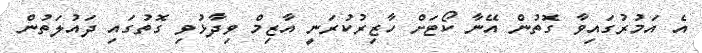
އެ އަމުރުގައިވާ ގޮތުން އޭނާ ކޯޓަށް ހާޒިރުކުރަނީ އާޒިމް ވިދާޅުވި ގޮތުގައި ދައުލަތުން